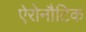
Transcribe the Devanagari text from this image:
ऐरोनौटिक